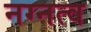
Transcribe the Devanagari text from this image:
नग्नत्व